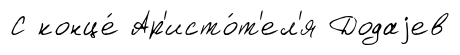
С конце́ Ар'исто́т'ел'я Додаjев